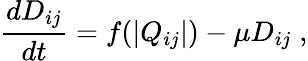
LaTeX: \frac{dD_{ij}}{dt}=f(|Q_{ij}|)-\mu D_{ij}\; ,